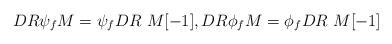
LaTeX: \begin{align*}DR \psi_fM=\psi_f DR\ M[-1], DR\phi_fM=\phi_f DR \ M[-1]\end{align*}